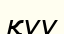
қуу